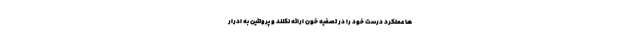
ها عملکرد درست خود را در تصفیه خون ارائه نکنند و پروتئین به ادرار